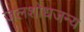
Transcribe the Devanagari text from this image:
जलशोधजन्य